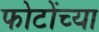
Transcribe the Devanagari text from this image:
फोटोंच्या